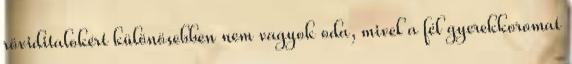
röviditalokért különösebben nem vagyok oda, mivel a fél gyerekkoromat